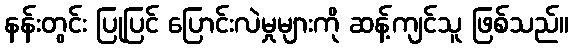
နန်းတွင်း ပြုပြင် ပြောင်းလဲမှုများကို ဆန့်ကျင်သူ ဖြစ်သည်။